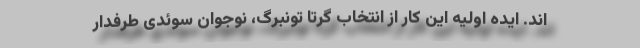
اند. ایده اولیه این کار از انتخاب گرتا تونبرگ، نوجوان سوئدی طرفدار